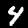
Label: 4